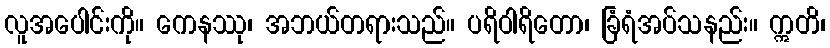
လူအပေါင်းကို။ ကေနဿု၊ အဘယ်တရားသည်။ ပရိဝါရိတော၊ ခြံရံအပ်သနည်း။ ဣတိ၊